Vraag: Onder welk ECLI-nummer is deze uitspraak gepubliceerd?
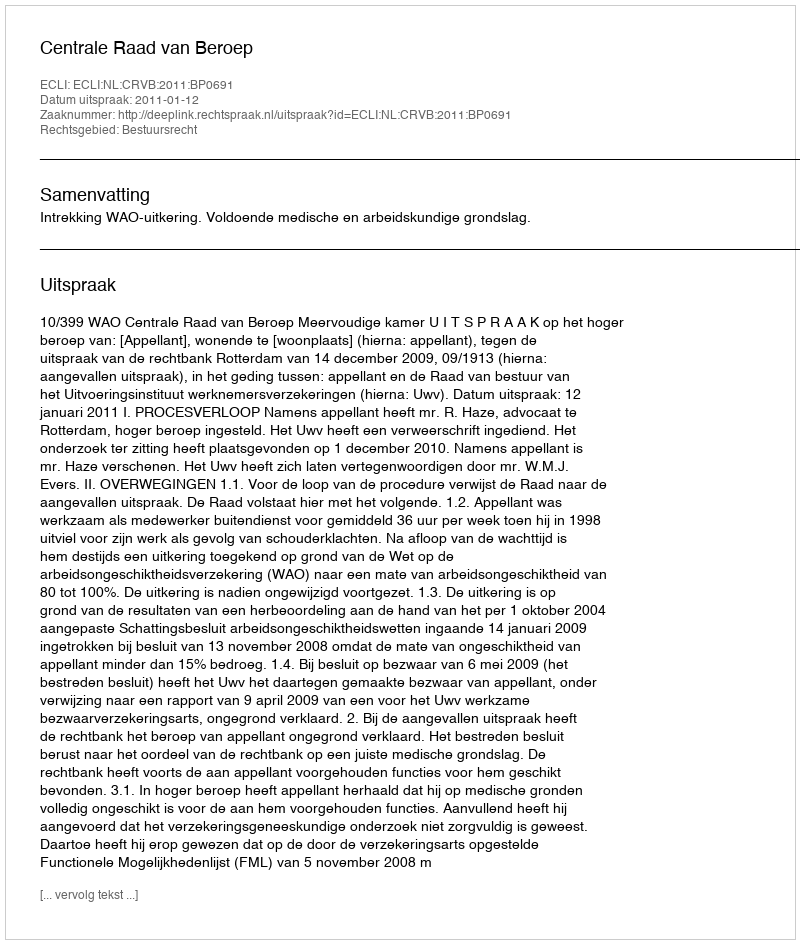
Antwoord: ECLI:NL:CRVB:2011:BP0691